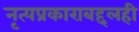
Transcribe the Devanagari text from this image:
नृत्यप्रकाराबद्दलही